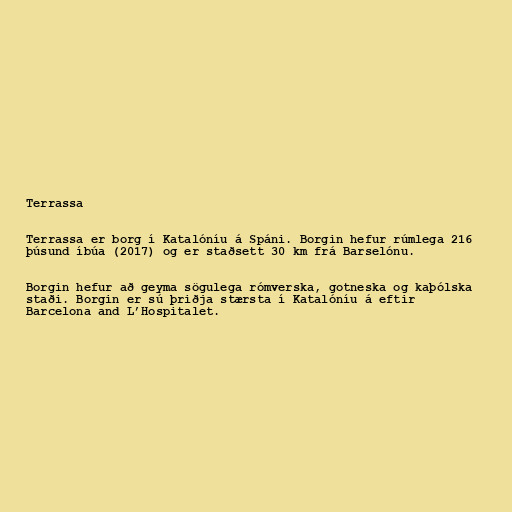
Terrassa

Terrassa er borg í Katalóníu á Spáni. Borgin hefur rúmlega 216
þúsund íbúa (2017) og er staðsett 30 km frá Barselónu.

Borgin hefur að geyma sögulega rómverska, gotneska og kaþólska
staði. Borgin er sú þriðja stærsta í Katalóníu á eftir
Barcelona and L’Hospitalet.